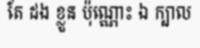
តែ ដង ខ្លួន ប៉ុណ្ណោះ ឯ ក្បាល